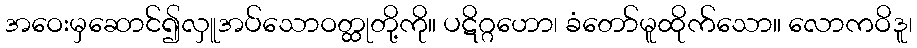
အဝေးမှဆောင်၍လှူအပ်သောဝတ္ထုတို့ကို။ ပဋိဂ္ဂဟော၊ ခံတော်မူထိုက်သော။ လောကဝိဒူ၊